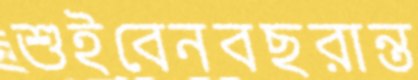
শুইবেনবছরান্ত